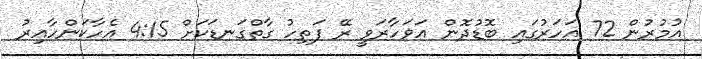
އުމުރުން 72 އަހަރުގައި ބޮޑުދޮން އަވަހާރަވީ ރޭ ފަތިހު ގާތްގަނޑަކަށް 4:15 އެހާކަންހާއިރު